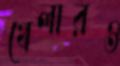
খেলারও